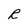
Character: R